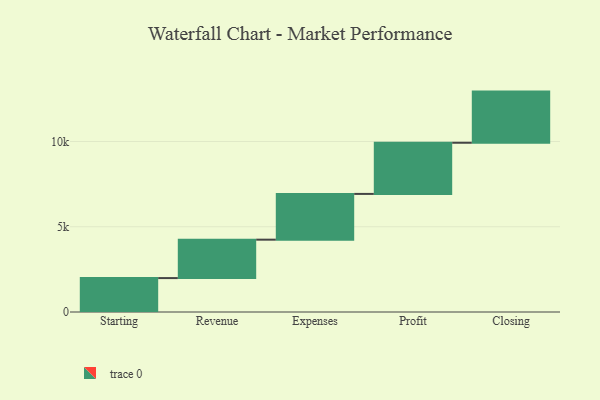
{"axis": {"x": "Step", "y": "Value"}, "legend": [""], "data": [{"x": "Starting", "y": 1989.0, "type": ""}, {"x": "Revenue", "y": 2253.0, "type": ""}, {"x": "Expenses", "y": 2684.0, "type": ""}, {"x": "Profit", "y": 3000, "type": ""}, {"x": "Closing", "y": 3000, "type": ""}]}